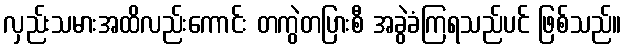
လှည်းသမားအထိလည်းကောင်း တကွဲတပြားစီ အခွဲခံကြရသည်ပင် ဖြစ်သည်။